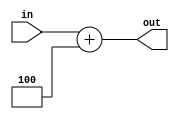
module ADD_PC(
input [31:0] in,
output [31:0] out
);

assign out = in + 32'd4;

endmodule